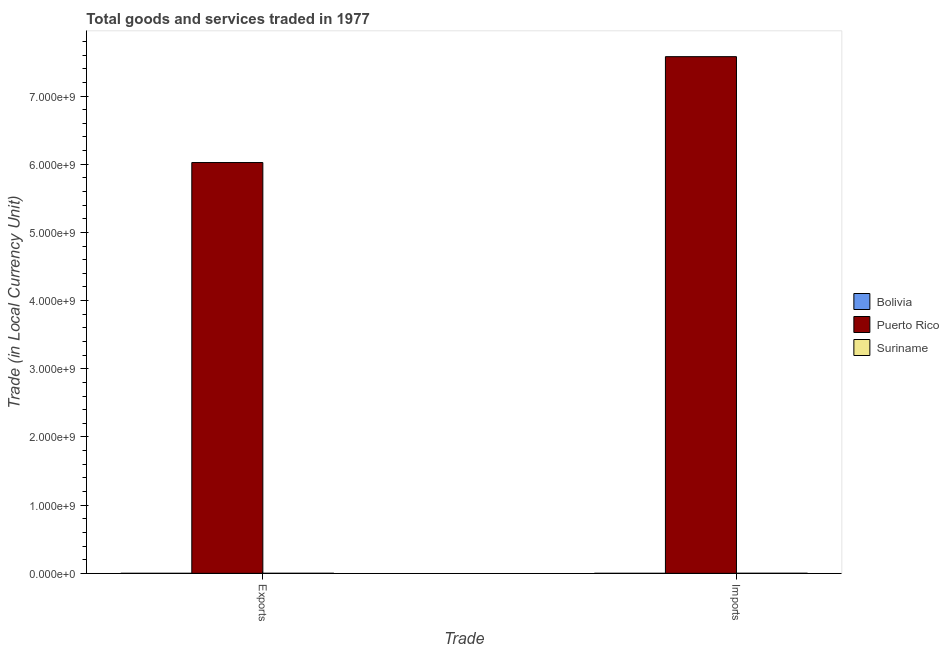
| Trade | Bolivia | Puerto Rico | Suriname |
 | --- | --- | --- | --- |
 | Exports | 1.73e+04 | 6.02e+09 | 7.07e+05 |
 | Imports | 1.91e+04 | 7.58e+09 | 7.95e+05 |